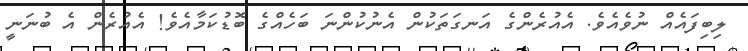
ލިބިފައެއް ނުވެއެވެ. އެއުރެންގެ އަނގަތަކުން އެނުކުންނަ ބަހެއްގެ ބޮޑުކަމާއެވެ! އެއުރެން އެ ބުނަނީ